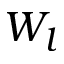
W _ { l }